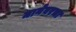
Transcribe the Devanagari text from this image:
मानेवरचा